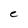
Character: c